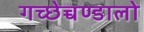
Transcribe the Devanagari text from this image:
गच्छेच्चण्डालो